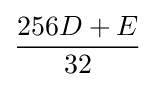
{\frac {256D+E}{32}}